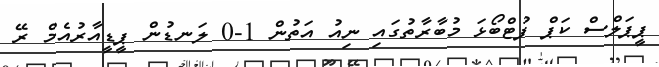
ޕީޕަލްސް ކަޕް ފުޓްބޯޅަ މުބާރާތުގައި ނިއު އަތުން 1-0 ލަނޑުން ޕީޑީއާރުއެމް ރޭ